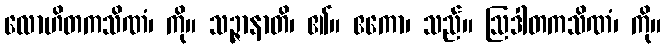
လောဟိတကသိဏံ၊ ကို။ သဉ္ဇာနာတိ၊ ၏။ ဧကော၊ သည်။ ဩဒါတကသိဏံ၊ ကို။